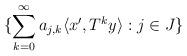
LaTeX: \begin{align*}\{\sum_{k=0}^\infty a_{j,k}\langle x',T^ky \rangle: j \in J\}\end{align*}